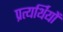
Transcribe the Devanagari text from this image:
प्रत्यर्थियों